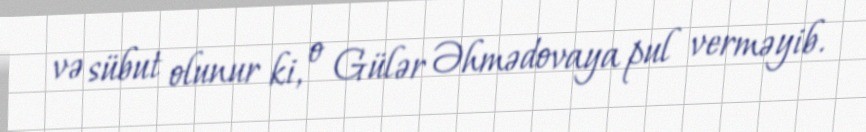
və sübut olunur ki, o Gülər Əhmədovaya pul verməyib.